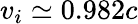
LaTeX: v_{i}\simeq 0.982c